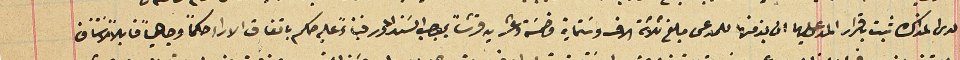
لدى المذاكرة ثبت باقرار المدعى عيلهما ان بذمتها للمدعى مبلغ ثلاثة الاف وسَتماية وخمسَة وعشرين قرشاً بموجب السَند المحرر فبناءً عليه حكم باتفاق الاراء حكماً وجاهياً قابلاً للاستئناف